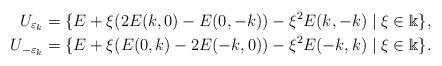
LaTeX: \begin{align*}U_{\varepsilon_k}&=\{E+\xi(2E(k,0)-E(0,-k))-\xi^2E(k,-k)\mid\xi\in\Bbbk\},\\U_{-\varepsilon_k}&=\{E+\xi(E(0,k)-2E(-k,0))-\xi^2E(-k,k)\mid\xi\in\Bbbk\}.\end{align*}